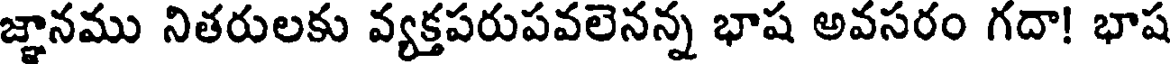
జ్ఞానము నితరులకు వ్యక్తపరుపవలెనన్న భాష అవసరం గదా! భాష